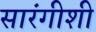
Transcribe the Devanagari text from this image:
सारंगीशी